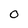
Character: O